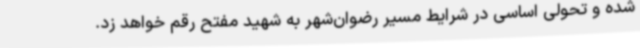
شده و تحولی اساسی در شرایط مسیر رضوان‌شهر به شهید مفتح رقم خواهد زد.